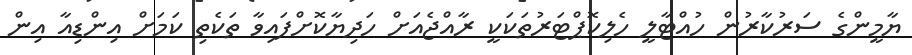
ޔާމީންގެ ސަރުކާރުން ހުއްޓާލީ ހެލިކޮޕްޓަރުތަކަކީ ރާއްޖެއަށް ހަދިޔާކޮށްފައިވާ ތަކެތި ކަމަށް އިންޑިއާ އިން